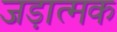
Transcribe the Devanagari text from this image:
जड़ात्मक